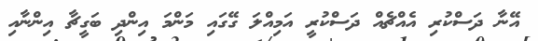
އޭނާ ދަސްކުރި އެއްޗެއް ދަސްކުރީ އަމިއްލަ ގޭގައި މަންމަ އިންދި ބަގީޗާ އިންނާއި